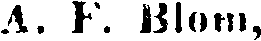
A. F. Blom,